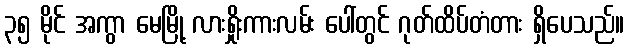
၃၅ မိုင် အကွာ မေမြို့ လားရှိုးကားလမ်း ပေါ်တွင် ဂုတ်ထိပ်တံတား ရှိပေသည်။